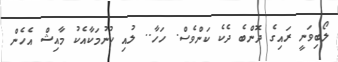
ލޯބިވަނީ ރައިގެ ދޮންބެ ދެކެ ކަންވެސް. ހަހާ.. ލުއި ހުނުމަކާއެކު މާއިޝް އެހެން